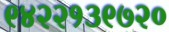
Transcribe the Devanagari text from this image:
९४२२१३९७२०